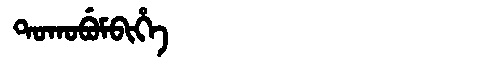
Manchu: ᡨᠣᡴᠣᠪᡠᠮᠪᡳᡥᡝ
Romanization: TOKOBUMBIHE